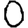
Digit: 0